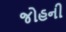
જોહની